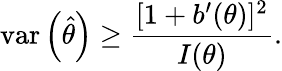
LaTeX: \operatorname{var}\left({\hat{\theta}}\right)\geq{\frac{[1+b^{\prime}(\theta)]^{2}}{I(\theta)}}.